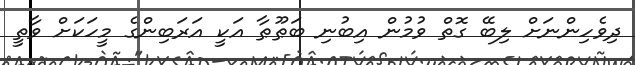
ދިވެހިންނަށް ލިބޭ ގޮތް ވުމުން އިބުނި ބަޠޫޠާ އަކީ އަރަބިންގެ މީހަކަށް ވާތީ